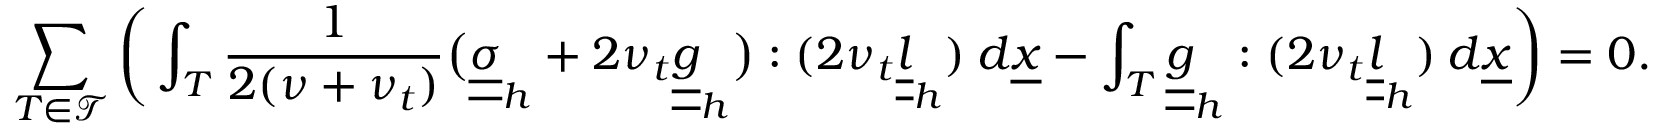
\sum _ { T \in \mathcal { T } } \bigg ( \int _ { T } \frac { 1 } { 2 ( \nu + \nu _ { t } ) } \big ( \underline { { \underline { { \sigma } } } } _ { h } + 2 \nu _ { t } \underline { { \underline { { g } } } } _ { h } \big ) : ( 2 \nu _ { t } \underline { { \underline { { l } } } } _ { h } ) \: d \underline { { x } } - \int _ { T } \underline { { \underline { { g } } } } _ { h } : ( 2 \nu _ { t } \underline { { \underline { { l } } } } _ { h } ) \: d \underline { { x } } \bigg ) = 0 .